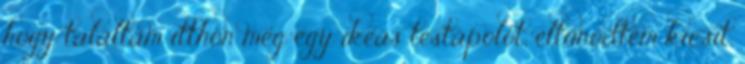
hogy találtam itthon még egy ikeás testápolót, eltűnődtem kicsit,